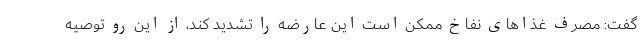
گفت: مصرف غذاهای نفاخ ممکن است این عارضه را تشدید کند، از این رو توصیه